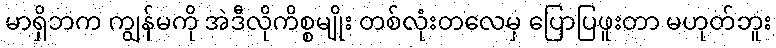
မာရှိဘက ကျွန်မကို အဲဒီလိုကိစ္စမျိုး တစ်လုံးတလေမှ ပြောပြဖူးတာ မဟုတ်ဘူး